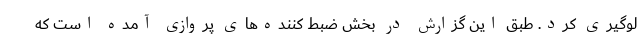
لوگیری کرد. طبق این گزارش در بخش ضبط کننده‌های پروازی آمده است که